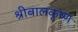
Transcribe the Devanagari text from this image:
श्रीबालकृष्ण